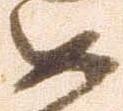
如